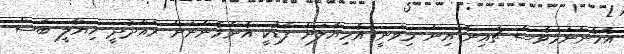
އެހެންނަމަވެސް ޗައިނާ އިން މިވަނީ އެހިޔާލަށް ފާޑުކީ އެންމެންނަށް ރައްދުދީ ޚިޔާލީ ބަސް